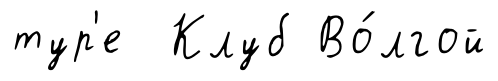
тур'е Клуб Во́лгой